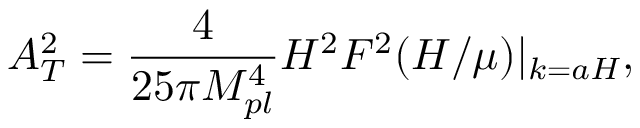
A _ { T } ^ { 2 } = \frac { 4 } { 2 5 \pi M _ { p l } ^ { 4 } } H ^ { 2 } F ^ { 2 } ( H / \mu ) | _ { k = a H } ,